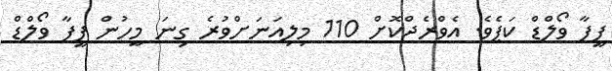
ފީފާ ވޯލްޑް ކަޕެވެ. އެވްރެޖްކޮށް 110 މިލިއަނަށްވުރެ ގިނަ މީހުން ފީފާ ވޯލްޑް